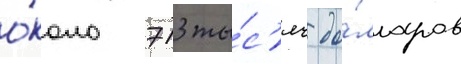
о́коло 713 ты́с'яч до́лларов